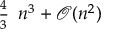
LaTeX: { \begin{array} { l } { { \frac { 4 } { 3 } } } \end{array} } n ^ { 3 } + { \mathcal { O } } ( n ^ { 2 } )